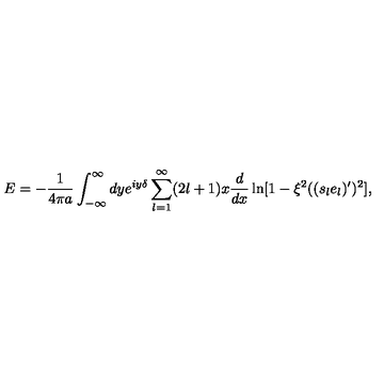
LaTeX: E = - { \frac { 1 } { 4 \pi a } } \int _ { - \infty } ^ { \infty } d y e ^ { i y \delta } \sum _ { l = 1 } ^ { \infty } ( 2 l + 1 ) x { \frac { d } { d x } } \ln [ 1 - \xi ^ { 2 } ( ( s _ { l } e _ { l } ) ^ { \prime } ) ^ { 2 } ] ,